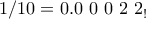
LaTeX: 1 / 1 0 = 0 . 0 \ 0 \ 0 \ 2 \ 2 _ { ! }